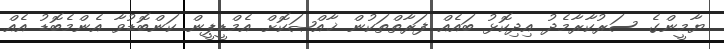
ޔާމީންގެ ސަރުކާރާމެދު އިދިކޮޅު ބައެއް ފަރާތްތަކުން ޚާއްޞަކޮށް އެމްޑީޕީން ކަންބޮޑުވާ އެންމެބޮޑު އެއް